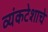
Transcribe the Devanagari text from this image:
व्यंकटेशाचे